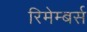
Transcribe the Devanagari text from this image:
रिमेम्बर्स